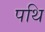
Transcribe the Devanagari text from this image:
पथि